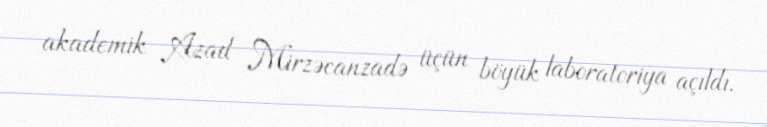
akademik Azad Mirzəcanzadə üçün böyük laboratoriya açıldı.